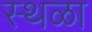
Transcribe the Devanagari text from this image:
स्थळा